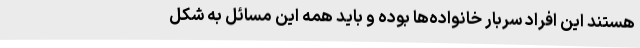
هستند این افراد سربار خانواده‌ها بوده و باید همه این مسائل به شکل